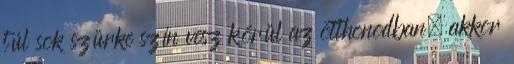
túl sok szürke szín vesz körül az otthonodban, akkor